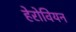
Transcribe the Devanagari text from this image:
हेरोवियन